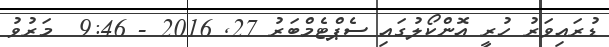
ޑުރައިވަރު ހުރީ އޮންކޯލުގައި ސެޕްޓެމްބަރު 27